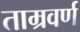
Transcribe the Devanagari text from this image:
ताम्रवर्ण